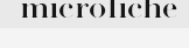
microfiche